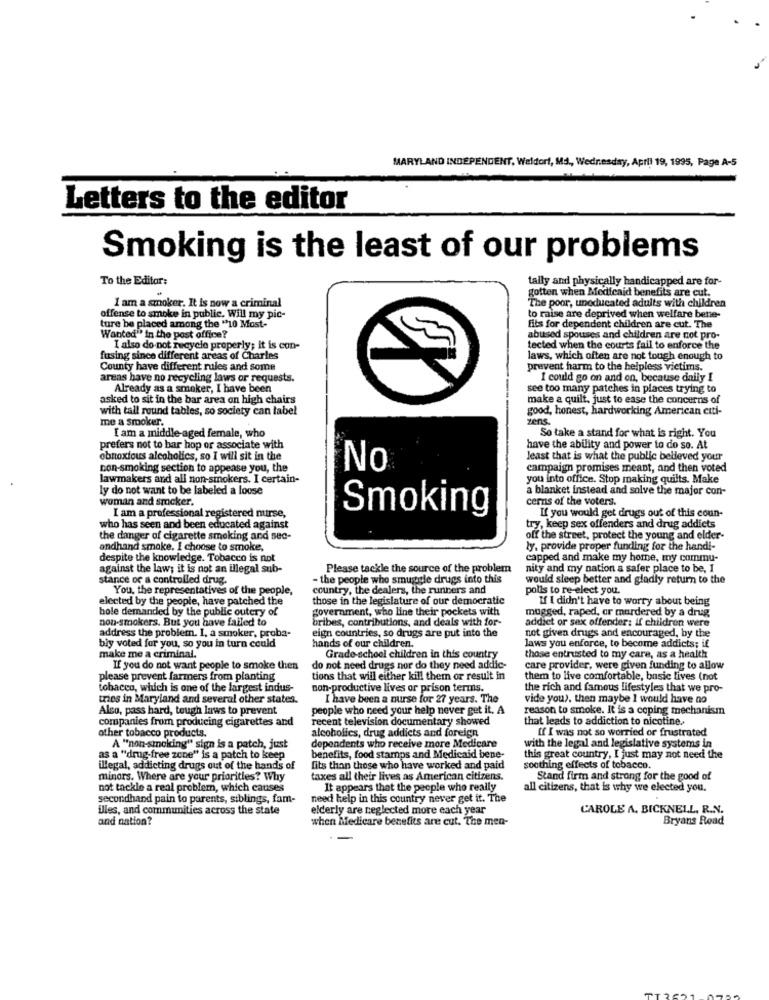
MARYLAND INDEPENDENT. Waldorf, Md ., Wednesday, April 19, 1995, Page A-5
Letters to the editor
Smoking is the least of our problems
To the Editor:
tally and physically handicapped are for-
gotten when Medicaid benefits are cut.
The poor, uneducated adults with children
I am a smoker. It is now a criminal
ture be placed among the "10 Most-
offense to smoke in public. Will my pic-
to raise are deprived when welfare bene-
fits for dependent children are cut. The
Wanted" in the post office?
abused spouses and children are not pro-
I also do not recycle properly; it is con-
tected when the courts fail to enforce the
fusing since different areas of Charles
laws, which often are not tough enough to
County have different rules and some
prevent harm to the helpless victims.
areas have no recycling laws or requests.
I could go on and on, because daily I
Already as a smoker, I have been
see too many patches in places trying to
asked to sit in the bar area on high chairs
make a quilt, just to ease the concerns of
with tall round tables, so society can label
good, honest, hardworking American citi-
me a smoker.
zens.
I am a middle-aged female, who
So take a stand for what is right. You
prefers not to bar hop or associate with
have the ability and power to do so. At
obnoxious alcoholics, so I will sit in the
least that is what the public belleved your
con-smoking section to appease you, the
No
campaign promises meant, and then voted
lawmakers and all non-smokers. I certain-
you into office. Stop making quilts. Make
ly do not want to be labeled a loose
a blanket instead and solve the major con-
woman and smoker.
cernis of the voters.
I am a professional registered nurse,
Smoking
If you would get drugs out of this coun-
who has seen and been educated against
try, keep sex offenders and drug addicts
the danger of cigarette smoking and sec-
off the street, protect the young and elder-
andhand smoke. I choose to smoke,
ly. provide proper funding for the handi-
despite the knowledge. Tobacco is not
capped and make my home, my commu-
against the law; it is not an illegal sub-
Please tackle the source of the problem
nity and my nation a safer place to be, I
stance or a controlled drug.
- the people who smuggle drugs into this
would sleep better and gladly return to the
You, the representatives of the people,
country, the dealers, the runners and
polis to re-elect you.
elected by the people, have patched the
those in the legislature of our democratic
If I didn't have to worry about being
hole demanded by the public outcry of
government, who line their pockets with
mugged, raped, or murdered by a drug
non-smokers. But you have failed to
bribes, contributions, and deals with for-
addict or sex offender: if children were
eign countries, so drugs are put into the
not given drugs and encouraged, by the
address the problem. I, a smoker, proba-
bly voted for you, so you in turn could
hands of our children.
laws you enforce, to become addicts; if
make me a criminal.
Grade-school children in this country
those entrusted to my care, as a health
If you do not want people to smoke then
do not need drugs nor do they need addic-
care provider, were given funding to allow
please prevent farmers from planting
tions that will either kill them or result in
them to live comfortable, basic lives (not
tobacco, which is one of the largest indus-
non-productive lives or prison terms.
the rich and famous lifestyles that we pro-
tries in Maryland and several other states.
I have been a nurse for 27 years. The
vide you). then maybe I would have no
Also, pass hard, tough laws to prevent
people who need your help never get it. A
reason to smoke. It is a coping mechanism
companies from producing cigarettes and
recent television documentary showed
that leads to addiction to nicotine.
other tobacco products.
alcoholics, drug addicts and foreign
If I was not so worried or frustrated
A "non-smoking" sign is a patch, just
dependents who receive more Medicare
with the legal and legislative systems in
as a "drug-free zone" is a patch to keep
benefits, food stamps and Medicaid bene-
this great country, I just may not need the
illegal, addicting drugs out of the hands of
fits than those who have worked and paid
soothing effects of tobacco.
minors. Where are your priorities? Why
taxes all their lives as American citizens.
Stand firm and strong for the good of
not tackle a real problem, which causes
It appears that the people who really
all citizens, that is why we elected you.
secondhand pain to parents, siblings, fam-
need help in this country never get it. The
illes, and communities across the state
elderly are neglected more each year
CAROLE A. BICKNELL, R.N.
and nation?
when Medicare benefits are cut. The men-
Bryans Road